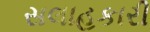
સલાહકારી